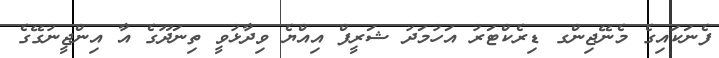
ފެނަކައިގެ މެނޭޖިންގ ޑިރެކްޓަރު އަހުމަދު ޝަރީފް އިއްޔެ ވިދާޅުވީ ތިނަދޫގެ އާ އިންޖީނުގޭގެ